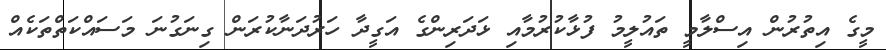
މީގެ އިތުރުން އިސްލާމީ ތައުލީމު ފުޅާކުރުމާއި ޅަދަރިންގެ އަގީދާ ހަރުދަނާކުރަން ގިނަގުނަ މަސައްކަތްތަކެއް